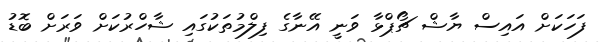
ފަހަކަށް އައިސް ޔާޝް ޗޯޕްޅާ ވަނީ އޭނާގެ ފިލްމުތަކުގައި ޝާހްރުކަށް ވަރަށް ބޮޑު